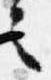
言